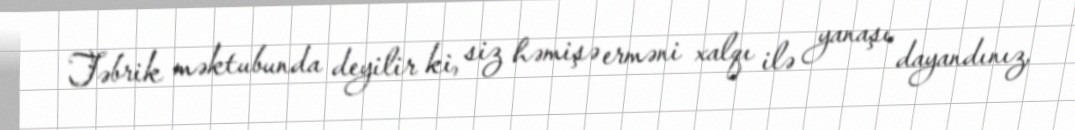
Təbrik məktubunda deyilir ki, siz həmişə erməni xalqı ilə yanaşı dayandınız,